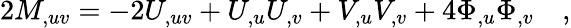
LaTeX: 2M_{,uv}=-2U_{,uv}+U_{,u}U_{,v}+V_{,u}V_{,v}+4\Phi_{,u}\Phi_{,v}\quad,